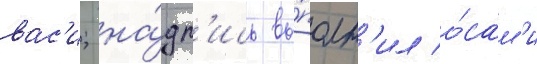
вас'и; на́дп'ись вы́полн'ил о́сам'и